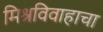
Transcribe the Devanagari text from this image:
मिश्रविवाहाचा